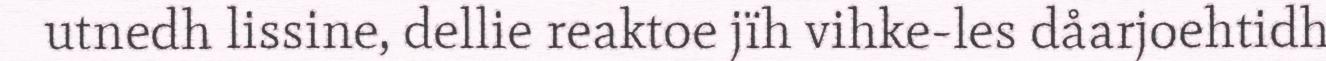
utnedh lissine, dellie reaktoe jïh vihke-les dåarjoehtidh